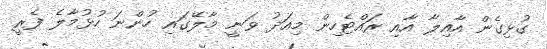
ގުޅިގެން އާއިލާ އާއި ރައްޓެހިން މިއަދު ވަނީ މާލޭގައި ހުންނަ ހުޅުމާލެ ފެރީ